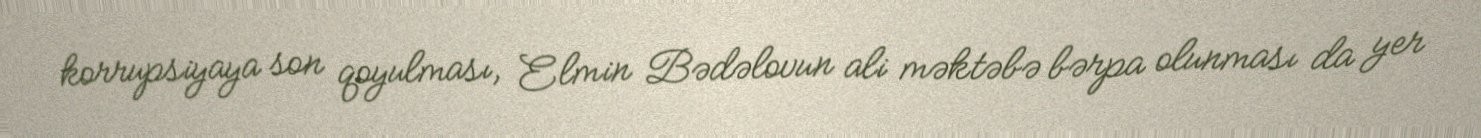
korrupsiyaya son qoyulması, Elmin Bədəlovun ali məktəbə bərpa olunması da yer